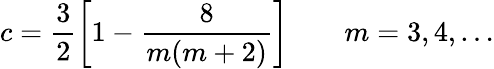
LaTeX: c=\frac{3}{2}\left[1-\frac{8}{m(m+2)}\right]\qquad m=3,4,\ldots